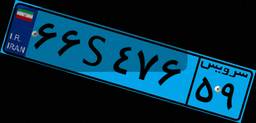
۶۶S۴۷۶۵۹